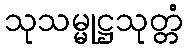
သုသမ္မုဋ္ဌသုတ္တံ